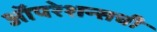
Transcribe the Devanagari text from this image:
ऑपरेशन्सची